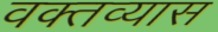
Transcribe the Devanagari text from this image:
वक्तव्यास